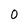
Character: 0